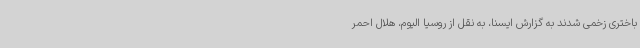
باختری زخمی شدند به گزارش ایسنا، به نقل از روسیا الیوم، هلال احمر